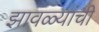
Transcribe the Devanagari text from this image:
झावळ्यांची